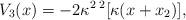
LaTeX: \begin{align*}V_3(x)=-2\kappa^2\, ^2[\kappa(x+x_2)],\end{align*}